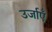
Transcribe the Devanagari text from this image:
उर्जाएँ